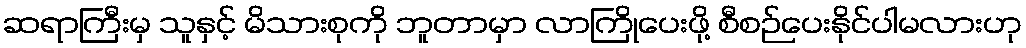
ဆရာကြီးမှ သူနှင့် မိသားစုကို ဘူတာမှာ လာကြိုပေးဖို့ စီစဉ်ပေးနိုင်ပါမလားဟု